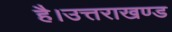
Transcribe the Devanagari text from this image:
है।उत्तराखण्ड